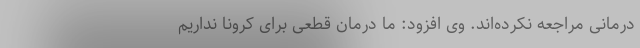
درمانی مراجعه نکرده‌اند. وی افزود: ما درمان قطعی برای کرونا نداریم